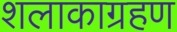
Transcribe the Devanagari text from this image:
शलाकाग्रहण